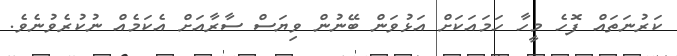
ކަރުނަތައް ފޮހެ މީހާ ހަމައަކަށް އަޅުވަން ބޭނުން ވިޔަސް ސާރާއަށް އެކަމެއް ނުކުރެވުނެވެ.